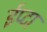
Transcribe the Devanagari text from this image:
ईप्टा